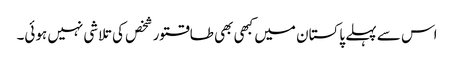
اس سے پہلے پاکستان میں کبھی بھی طاقتور شخص کی تلاشی نہیں ہوئی۔